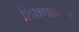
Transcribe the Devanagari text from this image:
शिक्षणामधले